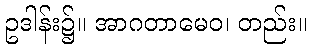
ဥဒါန်း၌။ အာဂတာမေဝ၊ တည်း။